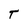
Character: T